[Report on the health of British troops in the Madras command]
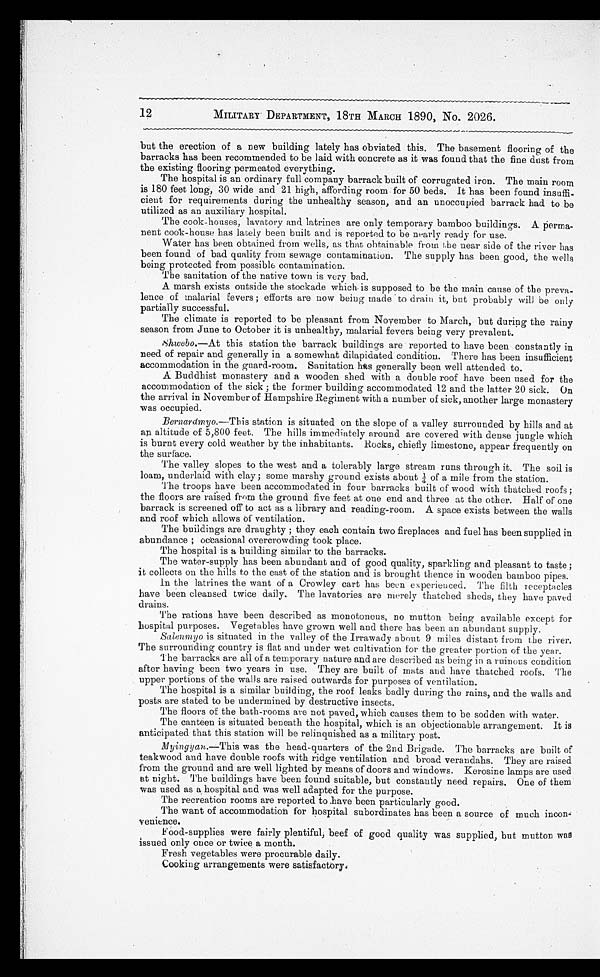
12
MILITARY DEPARTMENT, 18TH MARCH 1890, No. 2026.
but the erection of a new building lately has obviated this. The basement flooring of the
barracks has been recommended to be laid with concrete as it was found that the fine dust from
the existing flooring permeated everything.
The hospital is an ordinary full company barrack built of corrugated iron. The main room
is 180 feet long, 30 wide and 21 high, affording room for 50 beds. It has been found insuffi
-cient for requirements during the unhealthy season, and an unoccupied barrack had to be
utilized as an auxiliary hospital.
The cook-houses, lavatory and latrines are only temporary bamboo buildings. A perma
-nent cook-house has lately been built and is reported to be nearly ready for use.
Water has been obtained from wells, as that obtainable from the near side of the river has
been found of bad quality from sewage contamination. The supply has been good, the wells
being protected from possible contamination.
The sanitation of the native town is very bad.
A marsh exists outside the stockade which is supposed to be the main cause of the preva
-lence of malarial fevers; efforts are now being made to drain it, but probably will be only
partially successful.
The climate is reported to be pleasant from November to March, but during the rainy
season from June to October it is unhealthy, malarial fevers being very prevalent.
Shwebo.—At this station the barrack buildings are reported to have been constantly in
need of repair and generally in a somewhat dilapidated condition. There has been insufficient
accommodation in the guard-room. Sanitation has generally been well attended to.
A Buddhist monastery and a wooden shed with a double roof have been used for the
accommodation of the sick; the former building accommodated 12 and the latter 20 sick. On
the arrival in November of Hampshire Regiment with a number of sick, another large monastery
was occupied.
Bernardmyo.—This station is situated on the slope of a valley surrounded by hills and at
an altitude of 5,800 feet. The hills immediately around are covered with dense jungle which
is burnt every cold weather by the inhabitants. Rocks, chiefly limestone, appear frequently on
the surface.
The valley slopes to the west and a tolerably large stream runs through it. The soil is
loam, underlaid with clay; some marshy ground exists about ¼ of a mile from the station.
The troops have been accommodated in four barracks built of wood with thatched roofs;
the floors are raised from the ground five feet at one end and three at the other. Half of one
barrack is screened off to act as a library and reading-room. A space exists between the walls
and roof which allows Of ventilation.
The buildings are draughty; they each contain two fireplaces and fuel has been supplied in
abundance; occasional overcrowding took place.
The hospital is a building similar to the barracks.
The water-supply has been abundant and of good quality, sparkling and pleasant to taste;
it collects on the hills to the east of the station and is brought thence in wooden bamboo pipes.
In the latrines the want of a Crowley cart has been experienced. The filth receptacles
have been cleansed twice daily. The lavatories are merely thatched sheds, they have paved
drains.
The rations have been described as monotonous, no mutton being available except for
hospital purposes. Vegetables have grown well and there has been an abundant supply.
Salenmyoi s s i t u a t e d i n t h e v a l l e y o f t h e I r r a w a d y a b o u t 9 m i l e s d i s t a n t f r o m t h e r i v e r .
The surrounding country is flat and under wet cultivation for the greater portion of the year.
The barracks are all of a temporary nature and are described as being in a ruinous condition
after having been two years in use. They are built of mats and have thatched roofs. The
upper portions of the walls are raised outwards for purposes of ventilation.
The hospital is a similar building, the roof leaks badly during the rains, and the walls and
posts are stated to be undermined by destructive insects.
The floors of the bath-rooms are not paved, which causes them to be sodden with water.
The canteen is situated beneath the hospital, which is an objectionable arrangement. It is
anticipated that this station will be relinquished as a military post.
Myingyan. —This was the head-quarters of the 2nd Brigade. The barracks are built of
teakwood and have double roofs with ridge ventilation and broad verandahs. They are raised
from the ground and are well lighted by means of doors and windows. Kerosine lamps are used
at night. The buildings have been found suitable, but constantly need repairs, One of them
was used as a hospital and was well adapted for the purpose.
The recreation rooms are reported to have been particularly good.
The want of accommodation for hospital subordinates has been a source of much incon
-venience.
Food-supplies were fairly plentiful, beef of good quality was supplied, but mutton was
issued only once or twice a month.
Fresh vegetables were procurable daily.
Cooking arrangements were satisfactory.